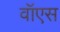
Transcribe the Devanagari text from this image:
वॉएस